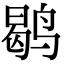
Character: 鹖